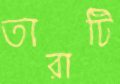
তারাটি